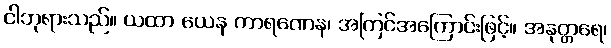
ငါဘုရားသည်။ ယထာ ယေန ကာရဏေန၊ အကြင်အကြောင်းဖြင့်။ အနုတ္တရေ၊